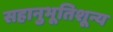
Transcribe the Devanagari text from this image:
सहानुभूतिशून्य